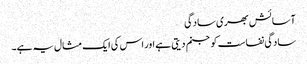
آسائش بھری سادگی
سادگی نفاست کو جنم دیتی ہے اور اس کی ایک مثال یہ ہے۔